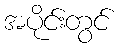
အပိုင်းတွင်